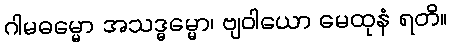
ဂါမဓမ္မော အသဒ္ဓမ္မော၊ ဗျဝါယော မေထုနံ ရတိ။